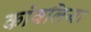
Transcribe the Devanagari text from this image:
कांवलिया